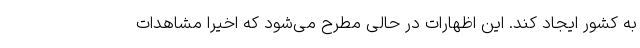
به کشور ایجاد کند. این اظهارات در حالی مطرح می‌شود ‌که اخیرا مشاهدات